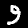
Label: 9